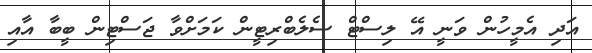
އަދި އެމީހުން ވަނީ އޭ ލިސްޓް ސެލެބްރިޓީން ކަމަށްވާ ޖަސްޓިން ބީބާ އާއި